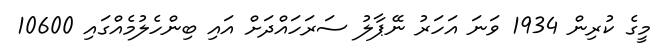
މީގެ ކުރިން 1934 ވަަނަ އަހަރު ނޭޕާލު ސަރަހައްދަށް އަައި ބިންހެލުމެއްގައި 10600